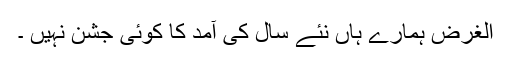
الغرض ہمارے ہاں نئے سال کی آمد کا کوئی جشن نہیں ۔